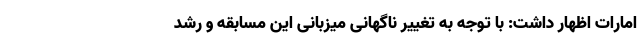
امارات اظهار داشت: با توجه به تغییر ناگهانی میزبانی این مسابقه و رشد